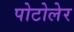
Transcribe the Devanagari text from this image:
पोटोलेर